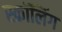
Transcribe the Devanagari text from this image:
स्क्रॉलिंग